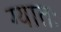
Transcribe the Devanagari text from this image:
ग्यातः